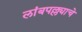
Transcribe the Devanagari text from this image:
लांबपल्ल्याचे